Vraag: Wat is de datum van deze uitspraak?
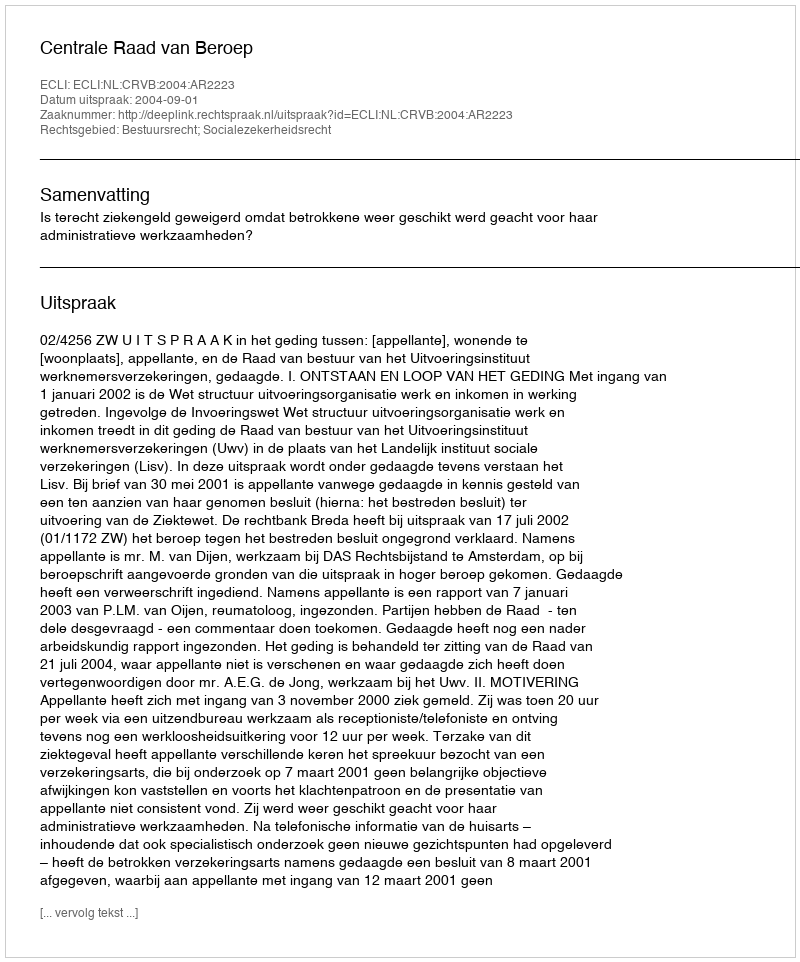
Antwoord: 2004-09-01